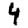
Digit: 4